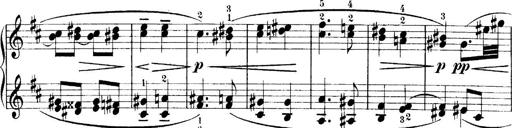
Title: 4 Sonatines
Composer: Max Reger